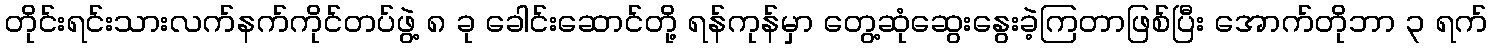
တိုင်းရင်းသားလက်နက်ကိုင်တပ်ဖွဲ့ ၈ ခု ခေါင်းဆောင်တို့ ရန်ကုန်မှာ တွေ့ဆုံဆွေးနွေးခဲ့ကြတာဖြစ်ပြီး အောက်တိုဘာ ၃ ရက်